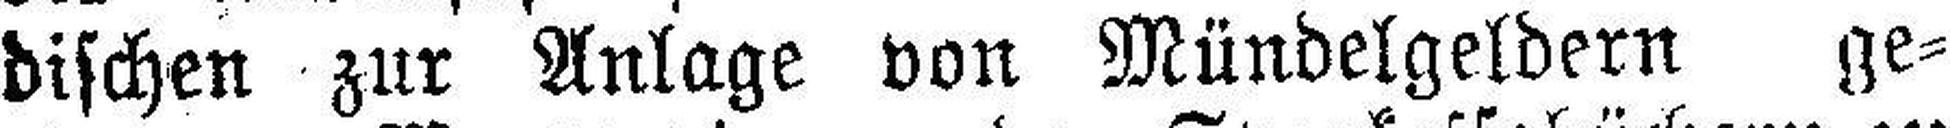
dischen zur Anlage von Mündelgeldern ge¬